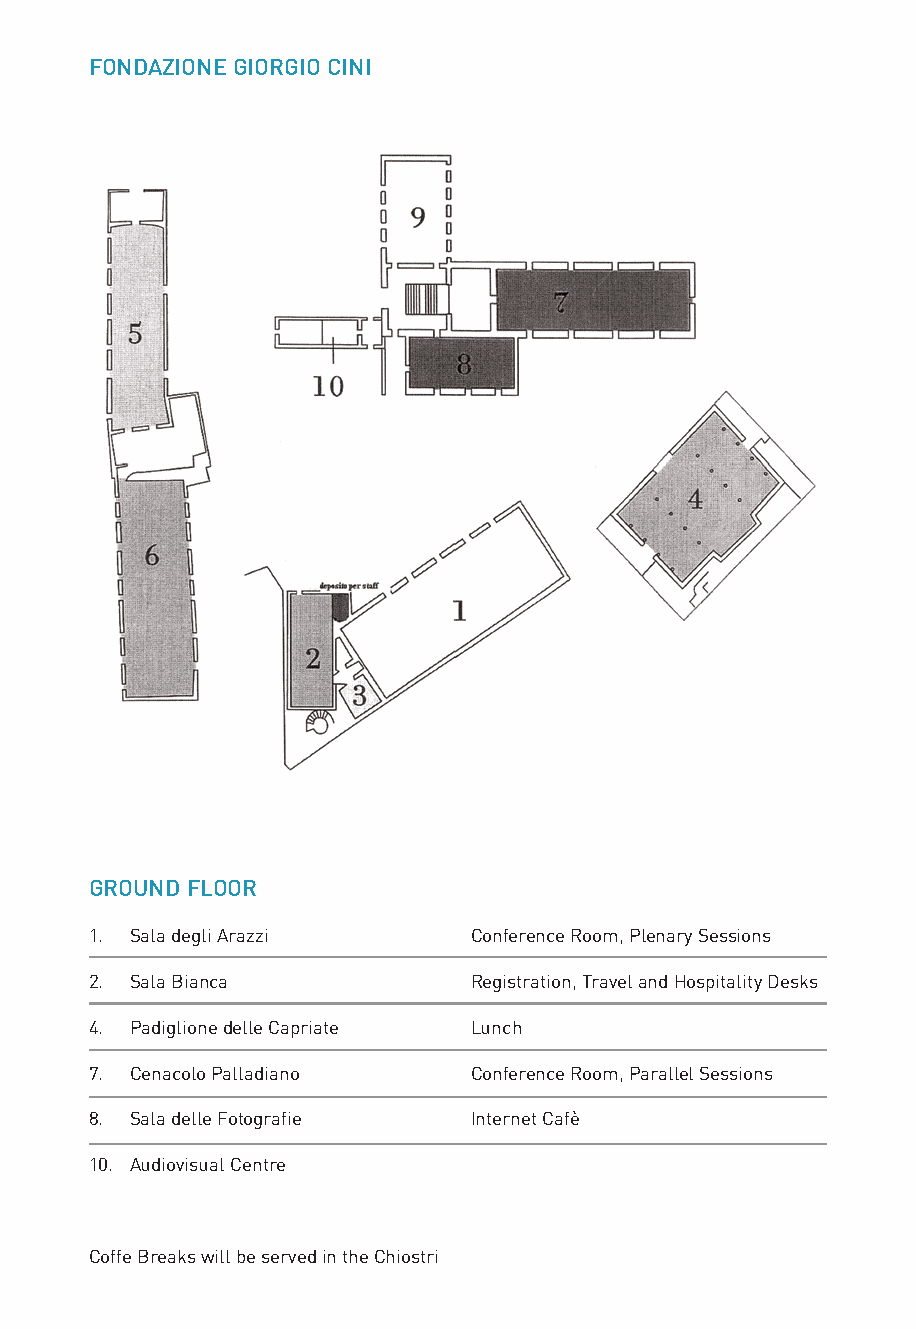
FONDAZIONE GIORGIO CINI
 GROUND FLOOR                                                FIRST FLOOR
 1. Sala degli Arazzi     Conference Room, Plenary Sessions  11. Sala Barbantini       Press Room
 2. Sala Bianca           Registration, Travel and Hospitality Desks 12. Sala della Bibliografia Press Office
 4. Padiglione delle Capriate Lunch                          13. Sala del Consiglio    Speakers Room
 7. Cenacolo Palladiano   Conference Room, Parallel Sessions 14. Saletta del Polittico President and Committees room
 8. Sala delle Fotografie Internet Cafè
 10. Audiovisual Centre
 Coffe Breaks will be served in the Chiostri